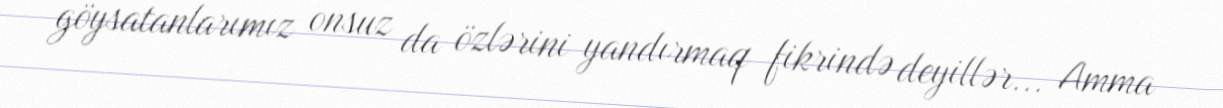
göysatanlarımız onsuz da özlərini yandırmaq fikrində deyillər... Amma